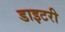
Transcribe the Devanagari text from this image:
डाइटरी